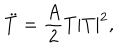
LaTeX: \ddot { T } = \frac { A } { 2 } T | T | ^ { 2 } ,